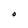
Character: O